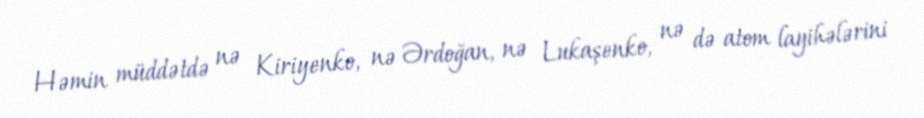
Həmin müddətdə nə Kiriyenko, nə Ərdoğan, nə Lukaşenko, nə də atom layihələrini